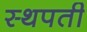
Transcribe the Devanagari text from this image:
स्थपती